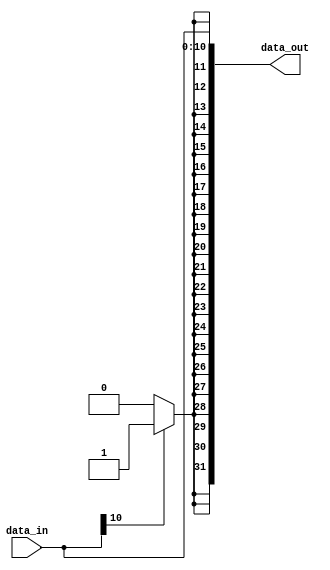
module sign_extend
	#(
		parameter IN_SIZE=11,
		parameter OUT_SIZE=32
	)
	(
		input wire [IN_SIZE-1:0] data_in,
		output wire [OUT_SIZE-1:0] data_out
	);
	reg [OUT_SIZE - IN_SIZE - 1:0] prefix;
	integer i;

	always @(*) begin
		for(i = 0; i < OUT_SIZE - IN_SIZE; i = i + 1) begin
			if(data_in[IN_SIZE - 1] == 1) begin 
				prefix[i] = 1;
			end
			else begin
				prefix[i] = 0;
			end
		end
	end
	assign data_out = {prefix, data_in};
endmodule